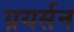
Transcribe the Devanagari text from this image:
ग्रयर्सन